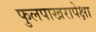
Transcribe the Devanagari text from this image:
फुलपाखरापेक्षा